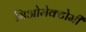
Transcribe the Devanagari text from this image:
मिओमेक्टोमी